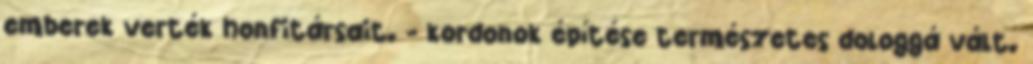
emberek verték honfitársait. - kordonok építése természetes dologgá vált.